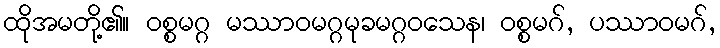
ထိုအမတို့၏။ ဝစ္စမဂ္ဂ မဿာဝမဂ္ဂမုခမဂ္ဂဝသေန၊ ဝစ္စမဂ်, ပဿာဝမဂ်,